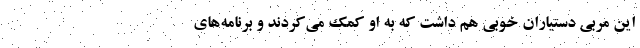
این مربی دستیاران خوبی هم داشت که به او کمک می‌کردند و برنامه‌های